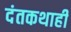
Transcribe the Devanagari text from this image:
दंतकथाही